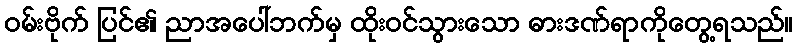
ဝမ်းဗိုက် ပြင်၏ ညာအပေါ်ဘက်မှ ထိုးဝင်သွားသော ဓားဒဏ်ရာကိုတွေ့ရသည်။